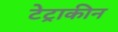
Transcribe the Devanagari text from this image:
टेट्राकीन